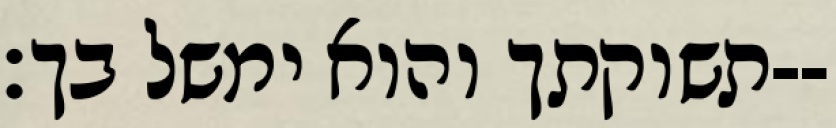
תשוקתך והוא ימשל בך׃--